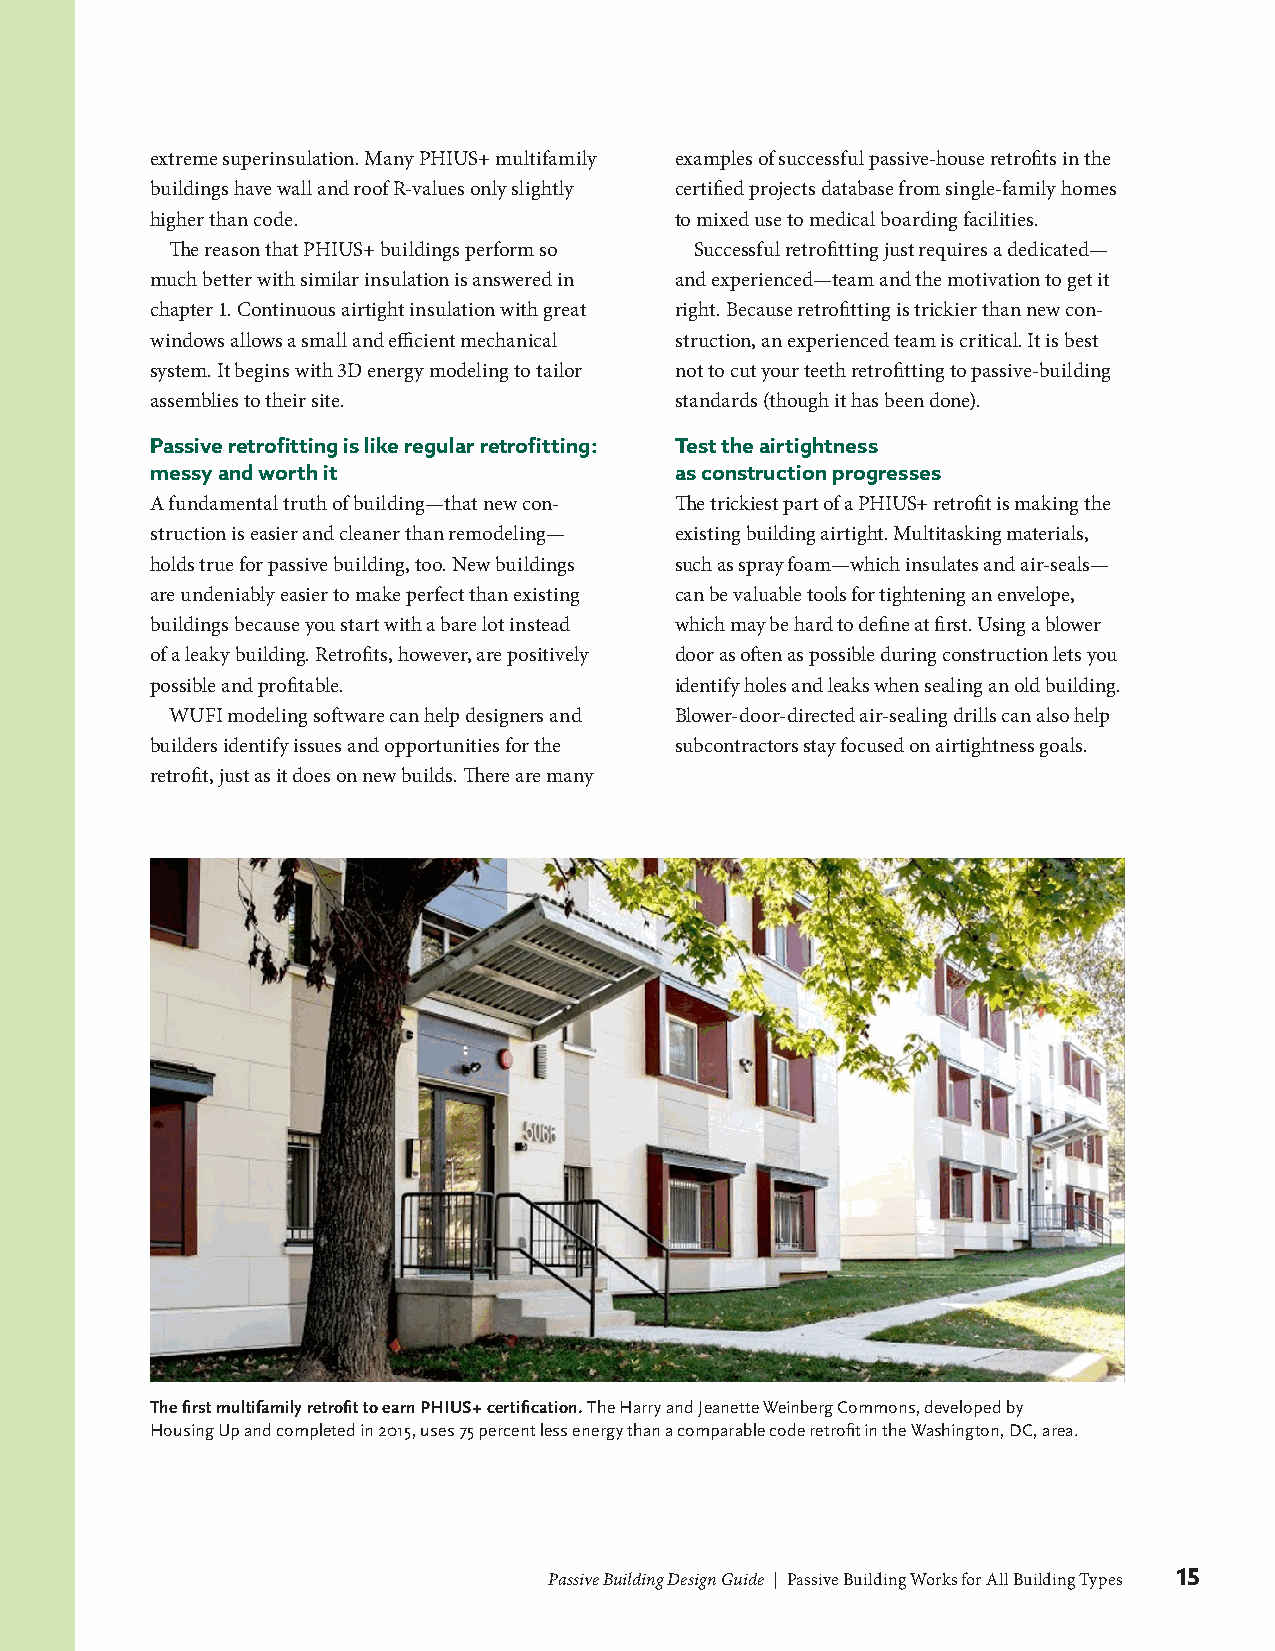
extreme superinsulation. Many PHIUS+ multifamily examples of successful passive-house retrofits in the
 buildings have wall and roof R-values only slightly certified projects database from single-family homes
 higher than code.                  to mixed use to medical boarding facilities.
 The reason that PHIUS+ buildings perform so Successful retrofitting just requires a dedicated—
 much better with similar insulation is answered in and experienced—team and the motivation to get it
 chapter 1. Continuous airtight insulation with great right. Because retrofitting is trickier than new con-
 windows allows a small and efficient mechanical struction, an experienced team is critical. It is best
 system. It begins with 3D energy modeling to tailor not to cut your teeth retrofitting to passive-building
 assemblies to their site.          standards (though it has been done).
 Passive retrofitting is like regular retrofitting: Test the airtightness
 messy and worth it                 as construction progresses
 A fundamental truth of building—that new con- The trickiest part of a PHIUS+ retrofit is making the
 struction is easier and cleaner than remodeling— existing building airtight. Multitasking materials,
 holds true for passive building, too. New buildings such as spray foam—which insulates and air-seals—
 are undeniably easier to make perfect than existing can be valuable tools for tightening an envelope,
 buildings because you start with a bare lot instead which may be hard to define at first. Using a blower
 of a leaky building. Retrofits, however, are positively door as often as possible during construction lets you
 possible and profitable.           identify holes and leaks when sealing an old building.
 WUFI modeling software can help designers and Blower-door-directed air-sealing drills can also help
 builders identify issues and opportunities for the subcontractors stay focused on airtightness goals.
 retrofit, just as it does on new builds. There are many
 The first multifamily retrofit to earn PHIUS+ certification. The Harry and Jeanette Weinberg Commons, developed by
 Housing Up and completed in 2015, uses 75 percent less energy than a comparable code retrofit in the Washington, DC, area.
 Passive Building Design Guide | Passive Building Works for All Building Types 15